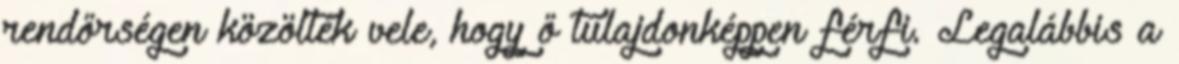
rendőrségen közölték vele, hogy ő tulajdonképpen férfi. Legalábbis a